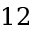
1 2